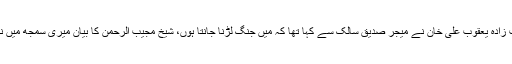
صاحب زادہ یعقوب علی خان نے میجر صدیق سالک سے کہا تھا کہ میں جنگ لڑنا جانتا ہوں، شیخ مجیب الرحمٰن کا بیان میری سمجھ میں نہیں آتا۔